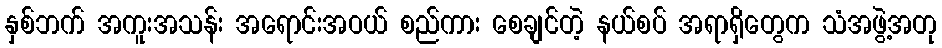
နှစ်ဘက် အကူးအသန်း အရောင်းအဝယ် စည်ကား စေချင်တဲ့ နယ်စပ် အရာရှိတွေက သံအဖွဲ့အတု